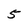
Character: 5